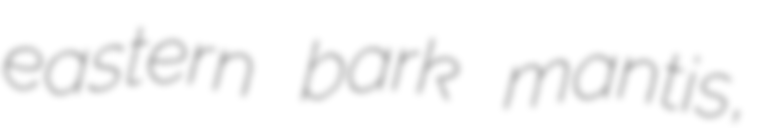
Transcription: eastern bark mantis,